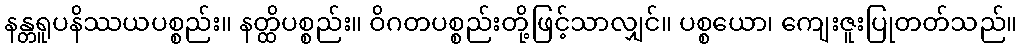
နန္တရူပနိဿယပစ္စည်း။ နတ္ထိပစ္စည်း။ ဝိဂတပစ္စည်းတို့ဖြင့်သာလျှင်။ ပစ္စယော၊ ကျေးဇူးပြုတတ်သည်။